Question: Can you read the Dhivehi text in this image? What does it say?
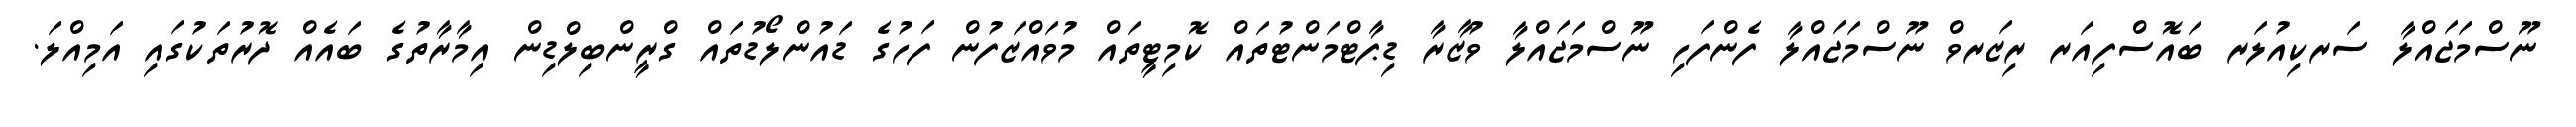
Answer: ނޫސްމަޖައްލާ ސަރކިއުލަރ ބައޮސްފިއަރ ރިޒަރވް ނޫސްމަޖައްލާ ފެންފަހި ނޫސްމަޖައްލާ ވުޒާރާ ޑިޕާޓްމަންޓުތައް ކޮމިޓީތައް މުވައްޒަފުން ފަހުގެ ޑައުންލޯޑުތައް ގްރީންބިލްޑިން އިމާރާތުގެ ބައެއް ދޮރުތަކުގައި އަމިއްލަ.